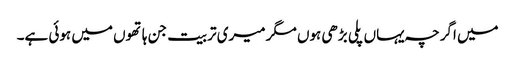
میں اگرچہ یہاں پلی بڑھی ہوں مگر میری تربیت جن ہاتھوں میں ہوئی ہے۔